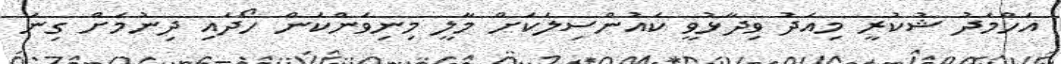
އަހްމަދު ޝުކުރީ މިއަދު ވިދާޅުވީ ކައުންސިލަކަށް މާލީ މިނިވަންކަން ހޯދައި ދިނުމަށް ގިނަ